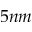
5 n m